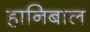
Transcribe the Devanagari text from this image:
हानिबाल